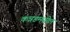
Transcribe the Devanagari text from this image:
कन्नडमधील